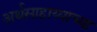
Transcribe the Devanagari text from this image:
अर्थसाहाय्याच्या